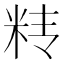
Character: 𰪱